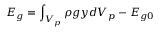
E _ { g } = \displaystyle \int _ { V _ { p } } \rho \boldsymbol { g } y d V _ { p } - E _ { g 0 }